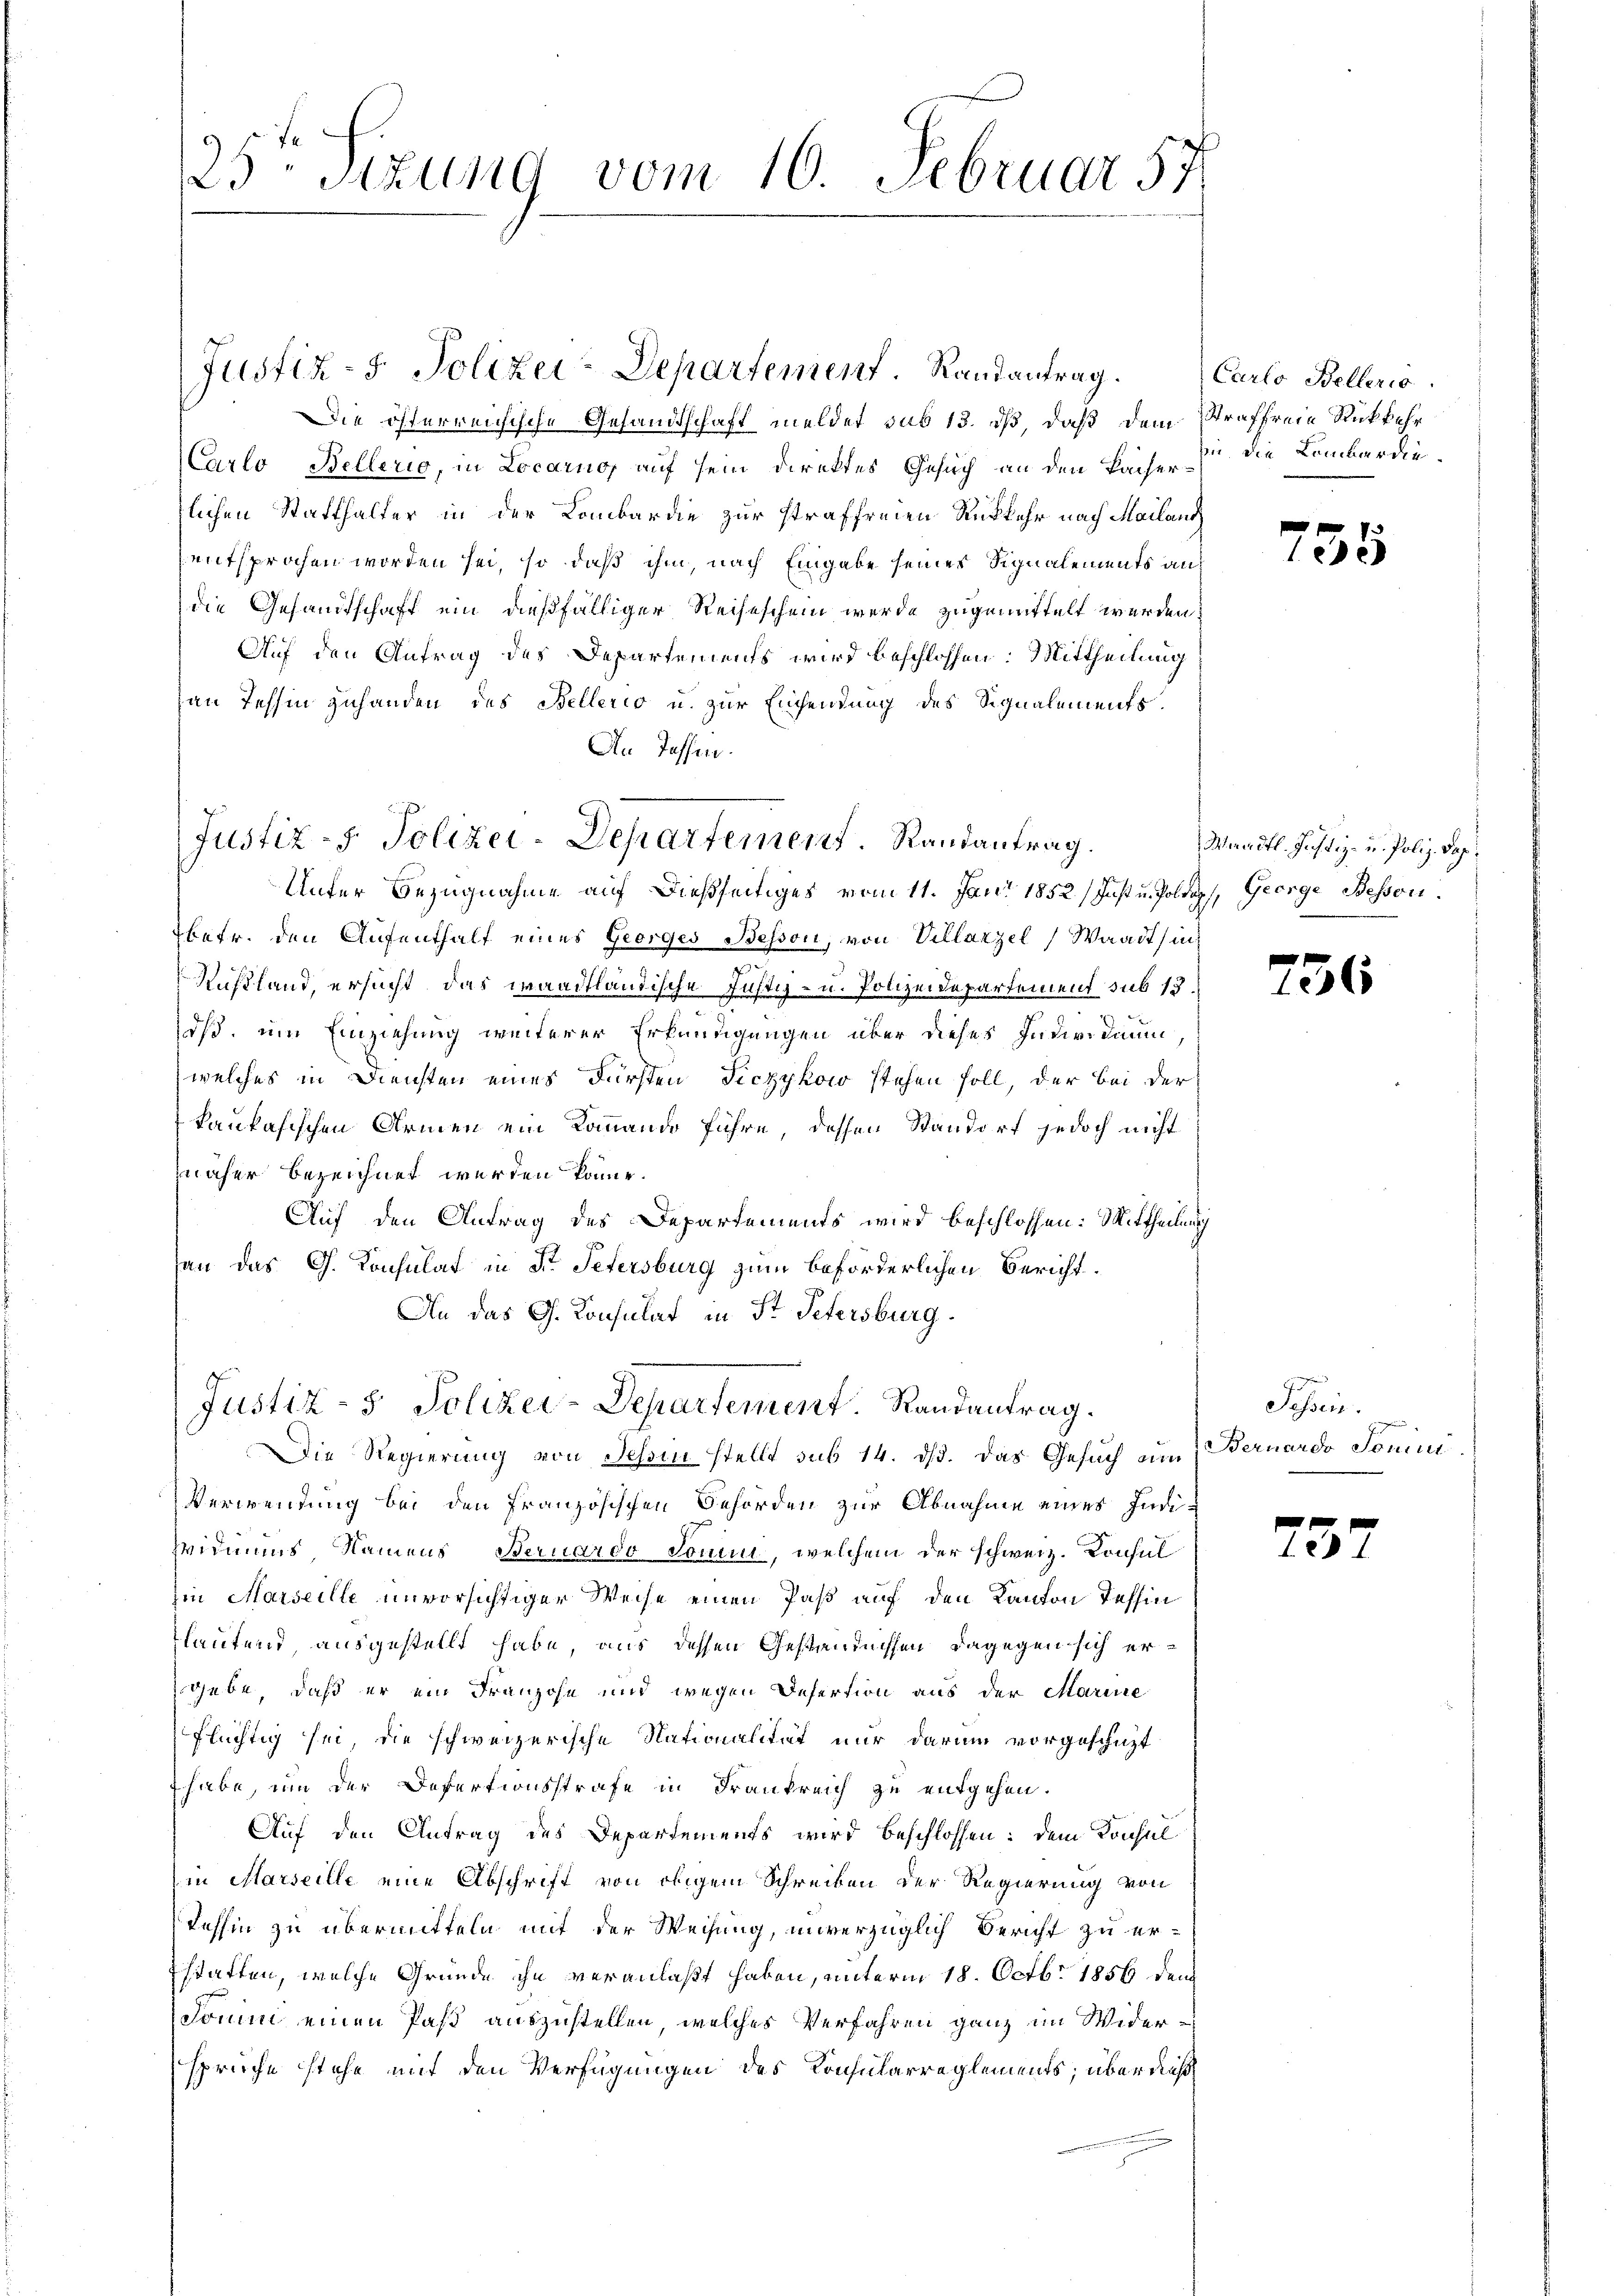
25 Stzung vom 10. Februar 57

Justiz- & Polizei-Departement. Randantrag.
Die österreichische Gesandtschaft meldet sub 13. ds, daß dem
Carlo Bellerio, in Locarno, auf sein Direktes Gesuch an den Pacherzlichen Statthalter in der Lombardie zur Straffreien Rükkehr nach Mailand
entsprochen worden sei, so daß ihm, nach Eingabe seiner Signalements andie Gesandtschaft ein dießfälliger Reiseschein werde zugemittelt werden.
Auf den Antrag des Departements wird beschlossen: Mittheilung
an Tessin zuhanden das Bellerio u. zur Einsendung des Signalements
An Tassen.
Unter Bezugnahme auf dießseitiges vom 11. Juni 1852 Just u. Poldoph, George Beson
betr. den Aufenthalt eines Georges Besson, von Villarzel, Waadt sin¬
Rußland, ersucht das waadtländische Justiz- u. Polizeidepartement sub 13.
oß, ein Einziehung weiterer Erkundigungen über dieses Individuum
welches in Diensten eines Fürsten Ficzykow stehen soll, der bei der
kaukafischen Armen ein Kommando führe, dessen Standorf jedoch nicht
näher bezeichnet werden könne.
Auf den Antrag des Departements wird beschlossen: Mittheilung
han das G. Konsulat in Dr. Petersburg zum beförderlichen Bericht
An das G. Konsulat in St. Petersburg.

Justiz-S. Polizei-Departement. Randantrag.

Justiz- & Polizei-Departement. Randantrag.
Die Regierung von Tessin stellt sub 14. ds. Das Gesuch um

Verwendung bei den Französischen Behörden zur Abnahme eines Individmuns Namens Bernardo domin, welchem der schweiz. Konsul
hin Marseille unvorsichtiger Weise einen Paß auf den Kanton Tessin
lautend ausgestellt habe, aus dessen Geständnissen, dagegen sich ergebe, daß er ein Franzohn und wegen Desertion aus der Marie
flüchtig sei, die schweizerische Nationalität nur darum vorgeschicht
habe, um der Defertionsstrafe in Frankreich zu entgehen.
Auf den Antrag des Departements wird beschlossen: dem Konsul
in Marseille eine Abschrift von obigem Schreiben der Regierung von
Jahhin zu übermitteln mit der Weisung, unverzüglich Bericht zu erstatten, welche Gründe ihn veranlaßt haben, unterm 18. Octbr. 1856 den
Jonini einen Past auszustellen, welches Verfahren ganz im Widersprüche stehe mit den Verfügungen des Konsularreglements; über dies

Carlo Belleris
Straffreie Rückkehr
sin, die Lombardie¬

735

Waadt. Justiz- u. Poliz. Das

256

75

Sehen.

Bernardo Sonnt